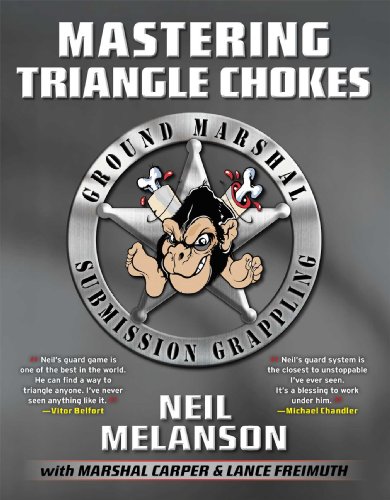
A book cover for Mastering Triangle Chokes: Ground Marshal Submission Grappling; Neil Melanson; Sports & Outdoors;